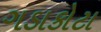
ગડાકોટા